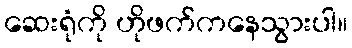
ဆေးရုံကို ဟိုဖက်ကနေသွားပါ။